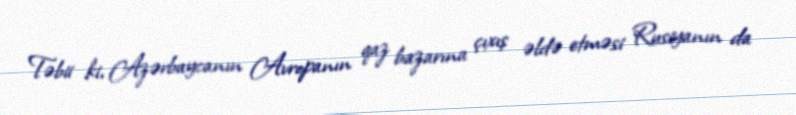
Təbii ki, Azərbaycanın Avropanın qaz bazarına çıxış əldə etməsi Rusiyanın da